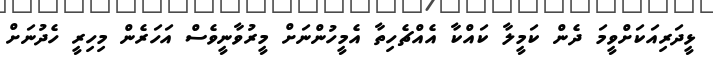
ޅީދަރިއަކަށްވީމަ ދެން ކަމީލާ ކައްކާ އެއްޗެހިތާ އެމީހުންނަށް މީރުވާނީވެސް އަހަރެން މިހިރީ ހެދުނަށް